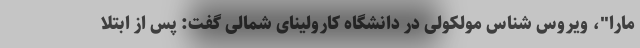
مارا"، ویروس شناس مولکولی در دانشگاه کارولینای شمالی گفت: پس از ابتلا